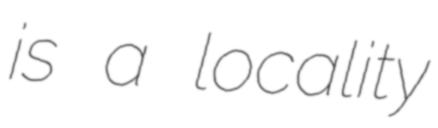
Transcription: is a locality